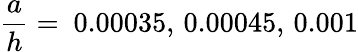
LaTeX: \frac{a}{h}=~0.00035,\thinspace 0.00045,\thinspace 0.001